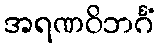
အရဏဝိဘင်္ဂံ